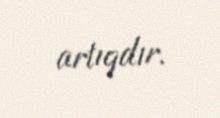
artıqdır.